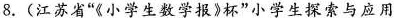
8.(江苏省”《小学生数学报》杯”小学生探索与应用